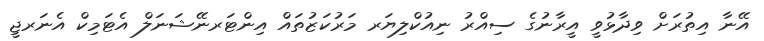
އޭނާ އިތުރަށް ވިދާޅުވީ އީރާނުގެ ސިއްރު ނިއުކްލިޔަރ މަރުކަޒުތައް އިންޓަރނޭޝަނަލް އެޓަމިކް އެނަރޖީ